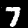
Digit: 7